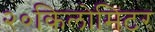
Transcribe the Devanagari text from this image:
२०किलोमिटर